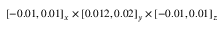
[ - 0 . 0 1 , 0 . 0 1 ] _ { x } \times [ 0 . 0 1 2 , 0 . 0 2 ] _ { y } \times [ - 0 . 0 1 , 0 . 0 1 ] _ { z }